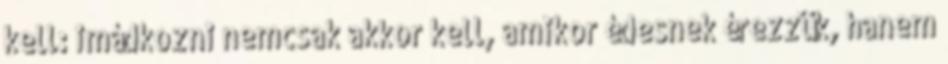
kell: imádkozni nemcsak akkor kell, amikor édesnek érezzük, hanem